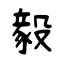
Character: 毅